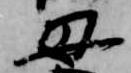
母